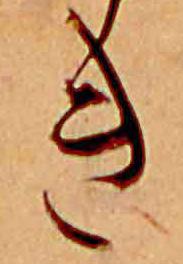
き